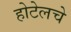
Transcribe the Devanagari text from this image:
होटेलचे